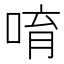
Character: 唷